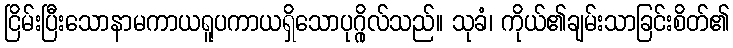
ငြိမ်းပြီးသောနာမကာယရူပကာယရှိသောပုဂ္ဂိုလ်သည်။ သုခံ၊ ကိုယ်၏ချမ်းသာခြင်းစိတ်၏